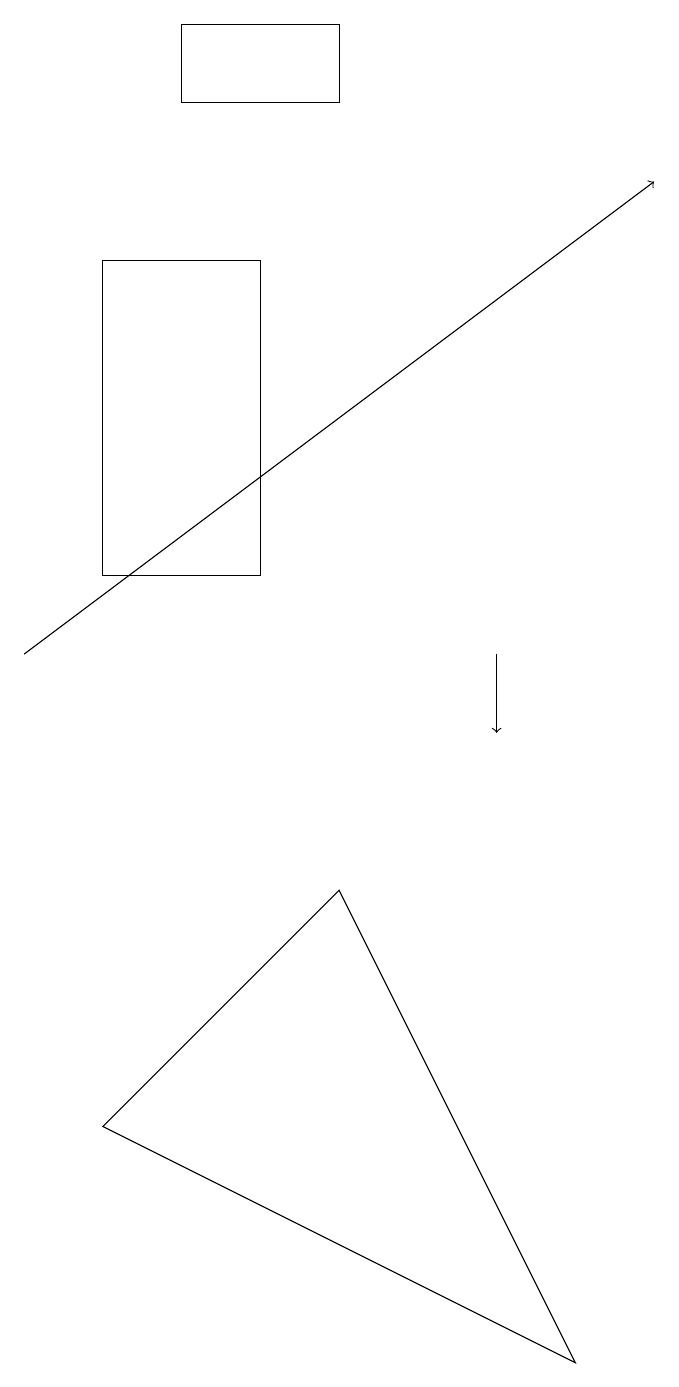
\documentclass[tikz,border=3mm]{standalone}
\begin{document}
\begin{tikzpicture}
\draw (1,12) rectangle (3,16);
\draw (1,5) -- (4,8) -- (7,2) -- cycle;
\draw (4,19) rectangle (2,18);
\draw[->] (0,11) -- (8,17);
\draw[->] (6,11) -- (6,10);
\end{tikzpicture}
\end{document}